Leaving Certificate Examination, 1911
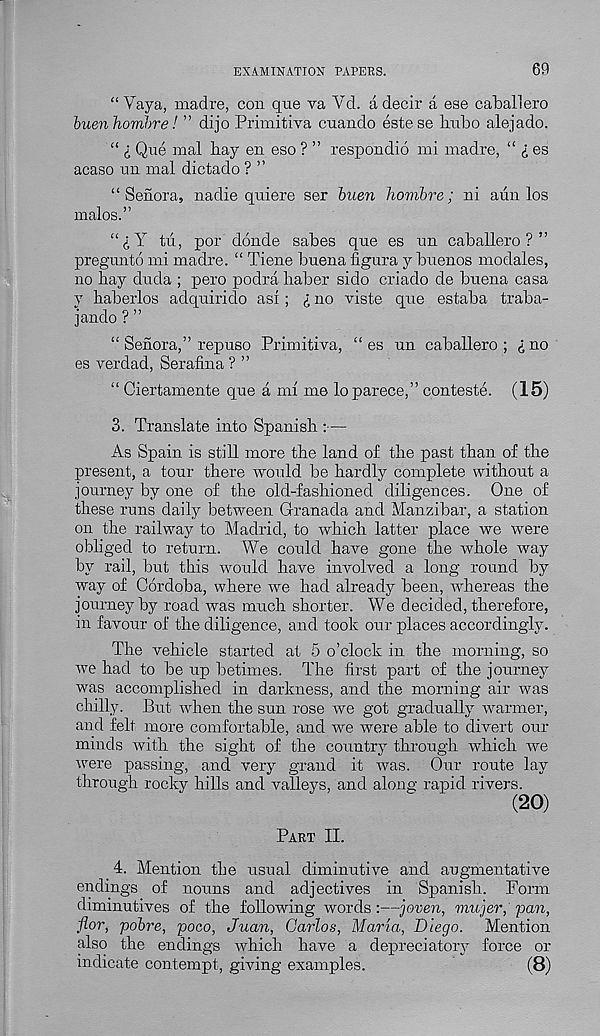
EXAMINATION PAPERS.
69
“ Vaya, madre, con qne va Yd. a decir a ese Caballero
buenhombre! ” dijo Primitiva cuando estese bubo alejado.
“ l Que mal bay en eso ? ” respondio mi madre, “ £ es
acaso un mal dictado ? ’ ’
“ Senora, nadie quiere ser buen hombre; ni aun los
malos.”
“ i Y tii, por donde sabes que es un caballero?”
pregunto mi madre. “ Tiene buena figura y buenos modales,
no bay duda ; pero podra haber sido criado de buena casa
y baberlos adquirido as! ; £ no viste que estaba traba-
jando ? ”
“ Senora,” repuso Primitiva, “ es un caballero; ^no
es verdad, Serafina ? ”
“ Ciertamente que a ml me lo parece,” conteste. (15)
3. Translate into Spanish :—
As Spain is still more the land of the past than of the
present, a tour there would be hardly complete without a
journey by one of the old-fashioned diligences. One of
these runs daily between Granada and Manzibar, a station
on the railway to Madrid, to which latter place we were
obliged to return. We could have gone the whole way
by rail, but this would have involved a long round by
way of Cordoba, where we had already been, whereas the
journey by road was much shorter. We decided, therefore,
in favour of the diligence, and took our places accordingly.
The vehicle started at 5 o’clock in the morning, so
we had to be up betimes. The first part of the journey
was accomplished in darkness, and the morning air was
chilly. But when the sun rose we got gradually warmer,
and felt more comfortable, and we were able to divert our
minds with the sight of the country through which we
were passing, and very grand it was. Our route lay
through rocky hills and valleys, and along rapid rivers.
(20)
Part II.
4. Mention the usual diminutive and augmentative
endings of nouns and adjectives in Spanish. Form
diminutives of the following words:—joven, vmjer, pan,
flor, pobre, poco, Juan, Carlos, Maria, Diego. Mention
also the endings which have a depreciatory force or
indicate contempt, giving examples.
(8)